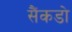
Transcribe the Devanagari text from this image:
सैंकडो